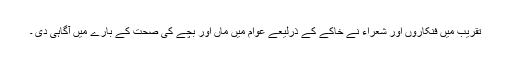
تقریب میں فنکاروں اور شعراء نے خاکے کے ذرلیعے عوام میں ماں اور بچے کی صحت کے بارے میں آگاہی دی ۔